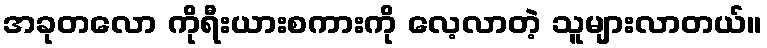
အခုတလော ကိုရီးယားစကားကို လေ့လာတဲ့ သူများလာတယ်။